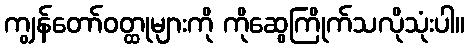
ကျွန်တော်ဝတ္ထုများကို ကိုဆွေကြိုက်သလိုသုံးပါ။